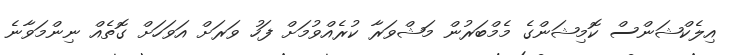
އިލެކްޝަންސް ކޮމިޝަންގެ މެމްބަރުން މަޝްވަރާ ކުރެއްވުމަށް ފަހު ވަރަށް އަވަހަށް ގޮތެއް ނިންމަވާނެ